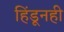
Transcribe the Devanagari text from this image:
हिंडूनही